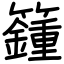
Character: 籦